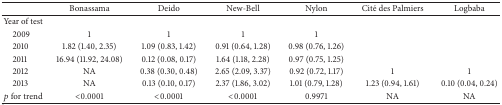
<table><thead><tr><td><b> </b></td><td><b>Bonassama</b></td><td><b>Deido</b></td><td><b>New-Bell</b></td><td><b>Nylon</b></td><td><b>Cité des Palmiers</b></td><td><b>Logbaba</b></td></tr></thead><tbody><tr><td>Year of test</td><td> </td><td> </td><td> </td><td> </td><td> </td><td> </td></tr><tr><td> 2009</td><td>1</td><td>1</td><td>1</td><td>1</td><td> </td><td> </td></tr><tr><td> 2010</td><td>1.82 (1.40, 2.35)</td><td>1.09 (0.83, 1.42)</td><td>0.91 (0.64, 1.28)</td><td>0.98 (0.76, 1.26)</td><td> </td><td> </td></tr><tr><td> 2011</td><td>16.94 (11.92, 24.08)</td><td>0.12 (0.08, 0.17)</td><td>1.64 (1.18, 2.28)</td><td>0.97 (0.75, 1.25)</td><td> </td><td> </td></tr><tr><td> 2012</td><td>NA</td><td>0.38 (0.30, 0.48)</td><td>2.65 (2.09, 3.37)</td><td>0.92 (0.72, 1.17)</td><td>1</td><td>1</td></tr><tr><td> 2013</td><td>NA</td><td>0.13 (0.10, 0.17)</td><td>2.37 (1.86, 3.02)</td><td>1.01 (0.79, 1.28)</td><td>1.23 (0.94, 1.61)</td><td>0.10 (0.04, 0.24)</td></tr><tr><td><i>p</i> for trend</td><td>&lt;0.0001</td><td>&lt;0.0001</td><td>&lt;0.0001</td><td>0.9971</td><td>NA</td><td>NA</td></tr></tbody></table>